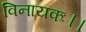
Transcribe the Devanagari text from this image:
विनायकः।।